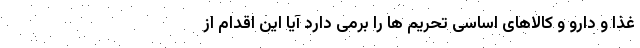
غذا و دارو و کالاهای اساسی تحریم ها را برمی دارد آیا این اقدام از